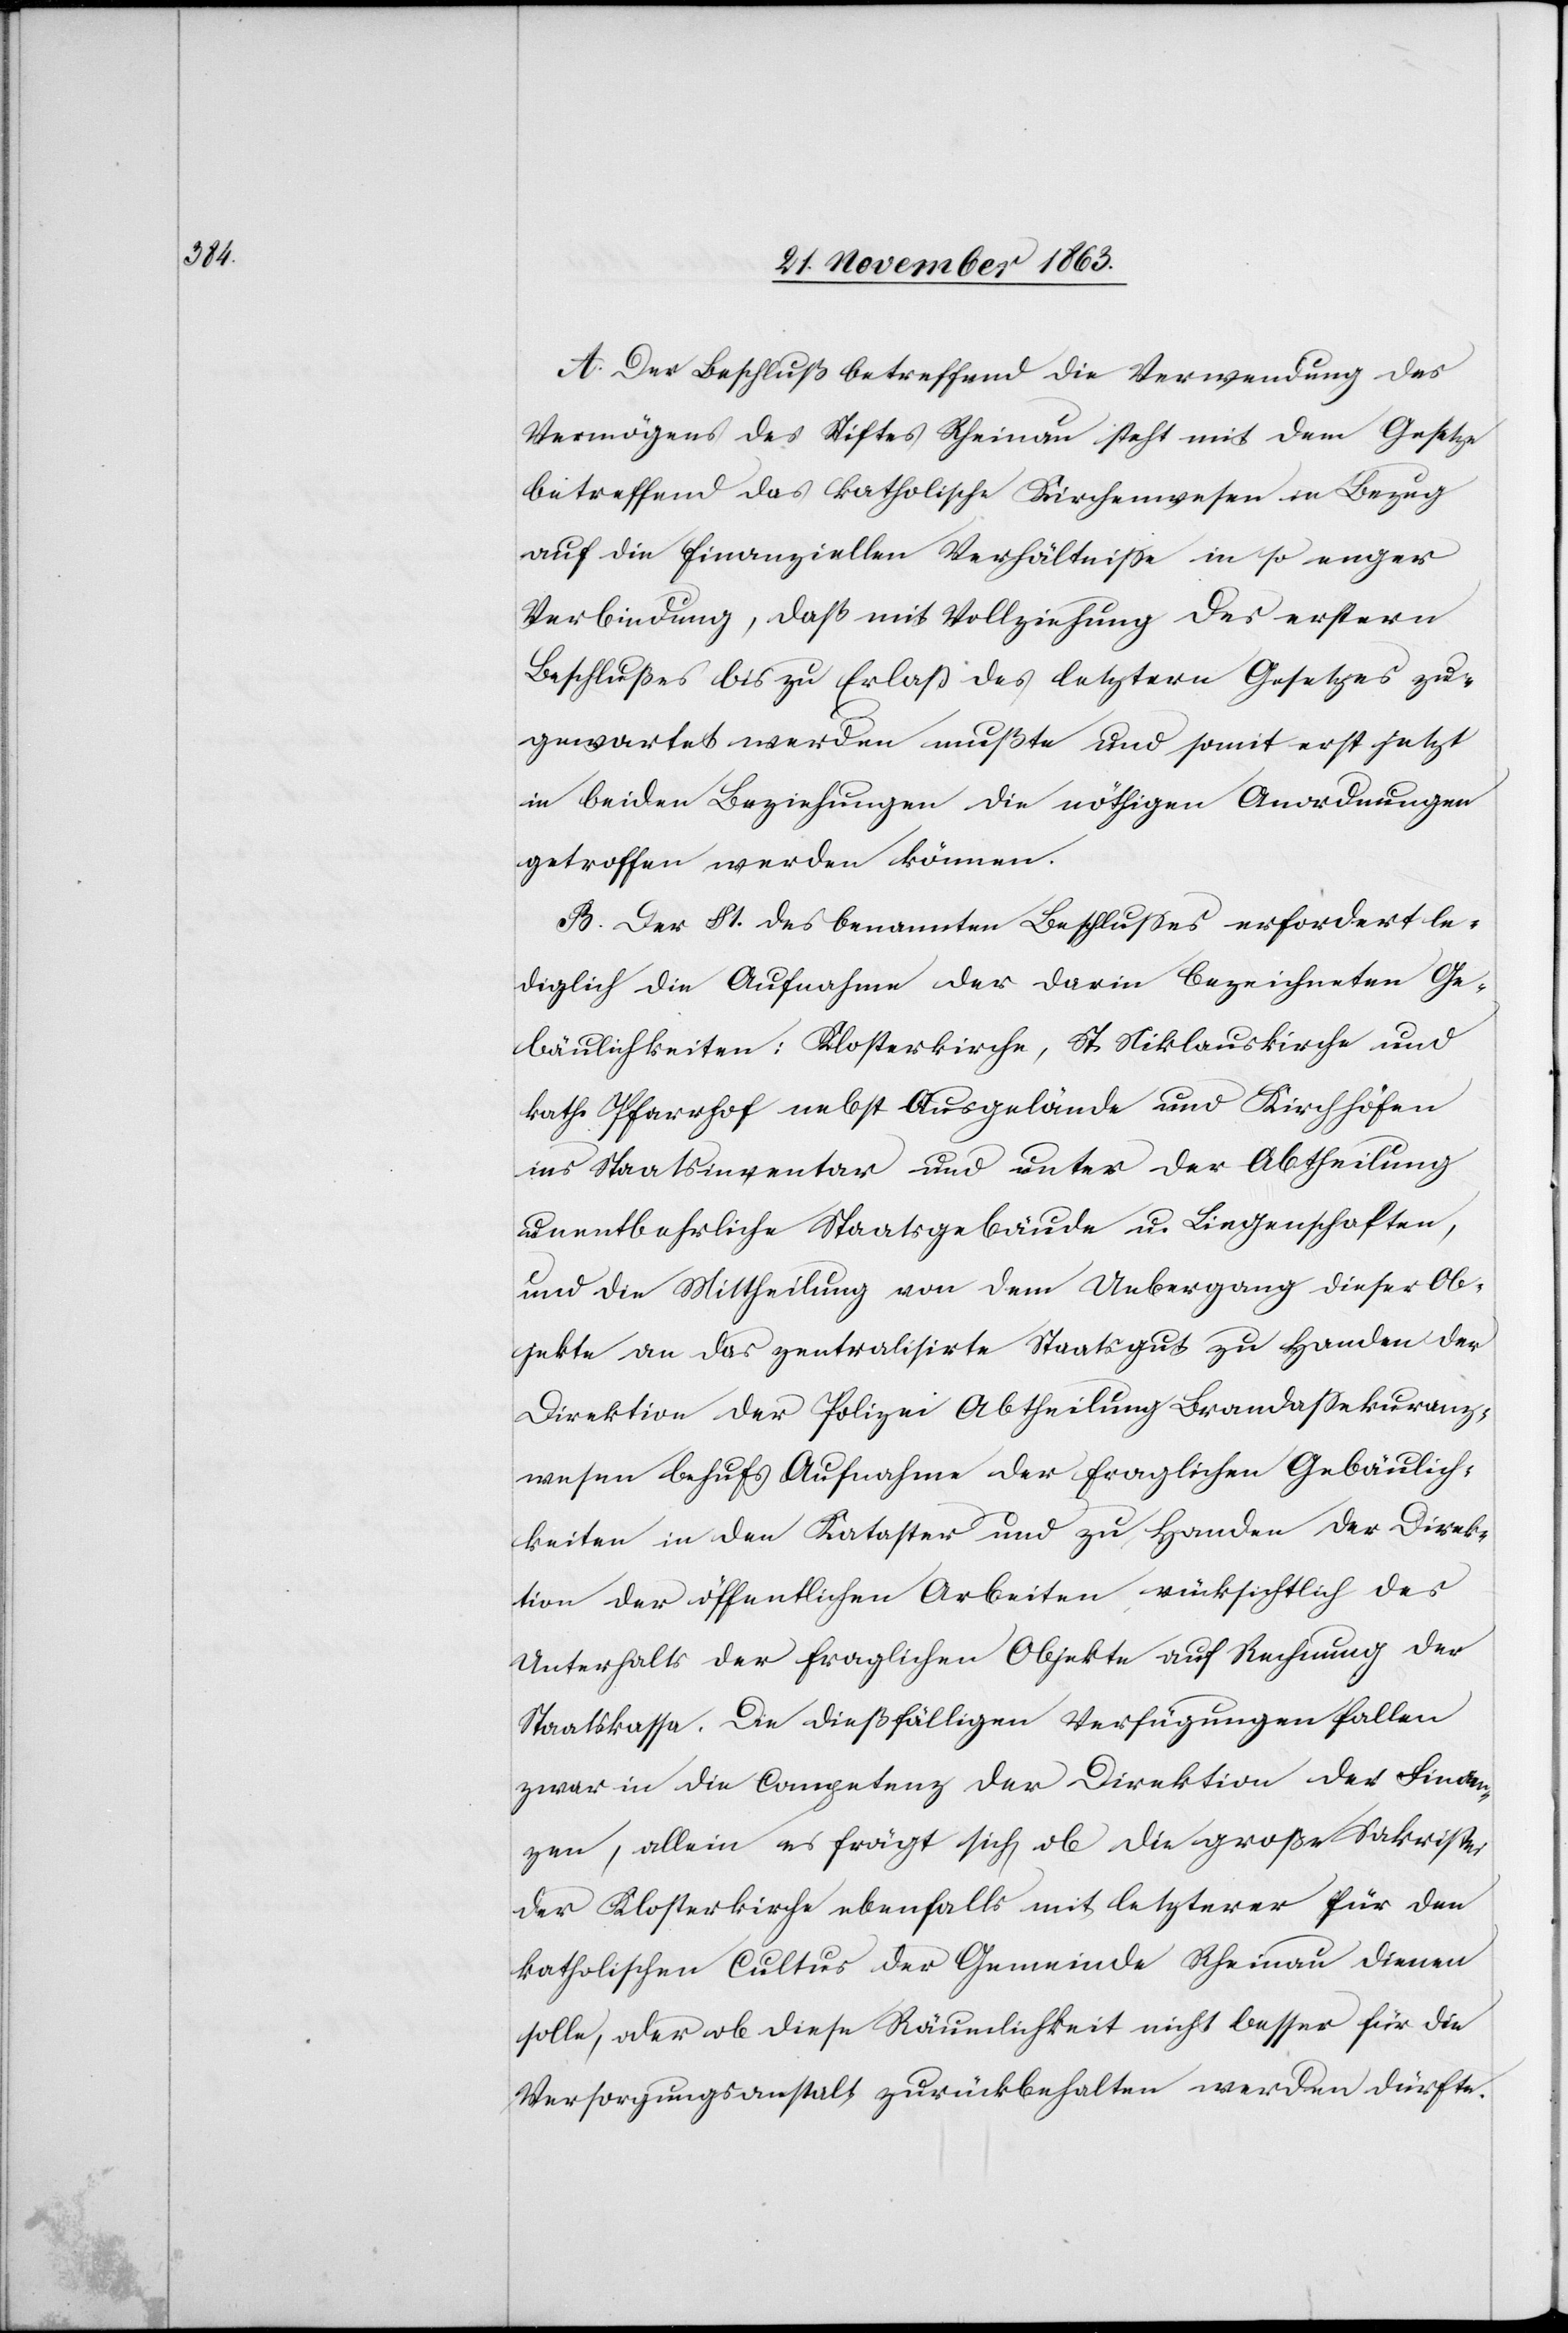
A. Der Beschluß betreffend die Verwendung des
Vermögens des Stiftes Rheinau steht mit dem Gesetze
betreffend das katholische Kirchenwesen in Bezug
auf die finanziellen Verhältnisse in so enger
Verbindung, daß mit Vollziehung des erstern
Beschlußes bis zu Erlaß des letztern Gesetzes zu¬
gewartet werden mußte und somit erst jetzt
in beiden Beziehungen die nöthigen Anordnungen
getroffen werden können.
B. Der § 1. des benannten Beschlusses erfordert le¬
diglich die Aufnahme der darin bezeichneten Ge¬
bäulichkeiten: Klosterkirche, St. Niklauskirche und
kath. Pfarrhof nebst Ausgelände und Kirchhöfen
ins Staatsinventar und unter der Abtheilung
unentbehrliche Staatsgebäude u. Liegenschaften,
und die Mittheilung von dem Uebergang dieser Ob¬
jekte an das zentralisirte Staatsgut zu Handen der
Direktion der Polizei Abtheilung Brandassekuranz¬
wesen behufs Aufnahme der fraglichen Gebäulich¬
keiten in den Kataster und zu Handen der Direk¬
tion der öffentlichen Arbeiten rücksichtlich des
Unterhalts der fraglichen Objekte auf Rechnung der
Staatskassa. Die dießfälligen Verfügungen fallen
zwar in die Competenz der Direktion der Finan¬
zen, allein es frägt sich, ob die große Sakristei
der Klosterkirche ebenfalls mit letzterer für den
katholischen Cultus der Gemeinde Rheinau dienen
solle, oder ob diese Räumlichkeit nicht besser für die
Versorgungsanstalt zurückbehalten werden dürfte.